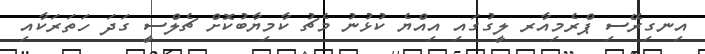
އިނގިރޭސި ޕްރެމިއާރ ލީގުގައި އިއްޔެ ކުޅުނު މެޗު ކާމިޔާބުކޮށް ޗެލްސީ ގަދަ ހަތަރަކާއި